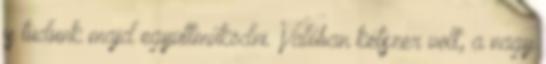
is tudunk majd együttműködni. Valóban kétszer volt, a nagy